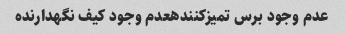
عدم وجود برس تمیزکنندهعدم وجود کیف نگهدارنده